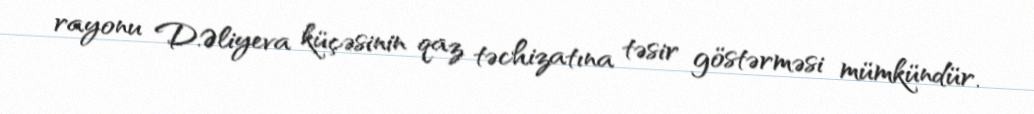
rayonu D.Əliyeva küçəsinin qaz təchizatına təsir göstərməsi mümkündür.